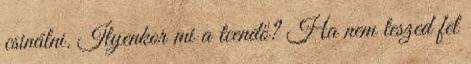
csinálni. Ilyenkor mi a teendő? Ha nem teszed fel